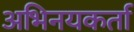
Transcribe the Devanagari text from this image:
अभिनयकर्ता